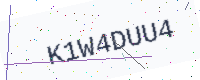
Text: K1W4DUU4